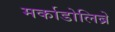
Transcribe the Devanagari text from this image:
मर्काडोलिब्रे